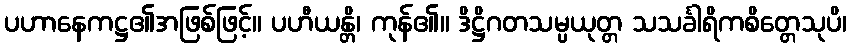
ပဟာနေကဋ္ဌ၏အဖြစ်ဖြင့်။ ပဟီယန္တိ၊ ကုန်၏။ ဒိဋ္ဌိဂတသမ္ပယုတ္တ သသင်္ခါရိကစိတ္တေသုပိ၊